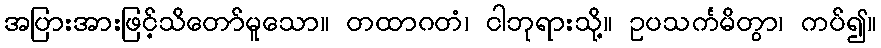
အပြားအားဖြင့်သိတော်မူသော။ တထာဂတံ၊ ငါဘုရားသို့။ ဥပသင်္ကမိတွာ၊ ကပ်၍။